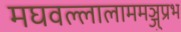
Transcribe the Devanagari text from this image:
मघवल्लालाममञ्जुप्रभ